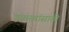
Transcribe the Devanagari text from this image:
ग्रामस्थांसाठी